Plague in India, 1896, 1897 - Volume 2
Year: 1896
Disease focus: Plague
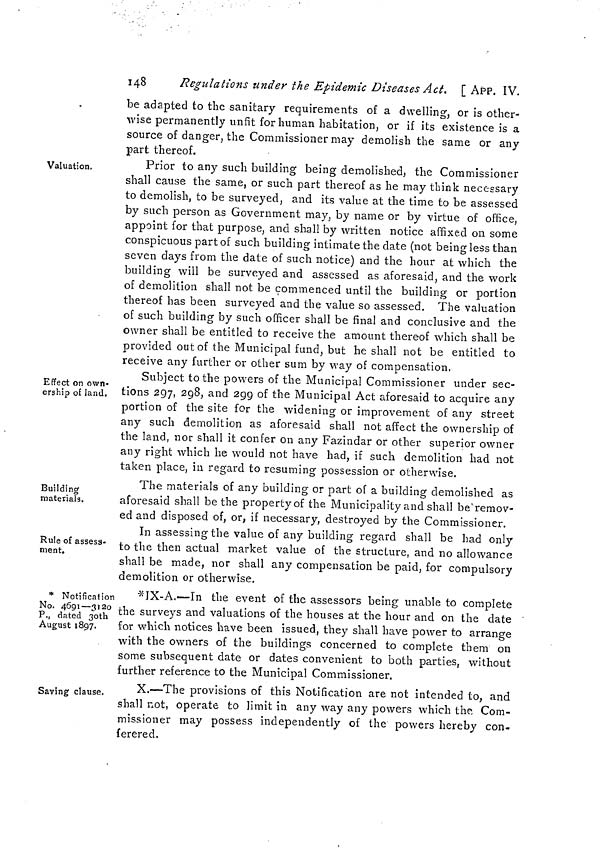
148
Regulations under the Epidemic Diseases Act. [ APP. IV.
be adapted to the sanitary requirements of a dwelling, or is other-
wise permanently unfit for human habitation, or if its existence is a
source of danger, the Commissioner may demolish the same or any
part thereof.
Valuation.
Prior to any such building being demolished, the Commissioner
shall cause the same, or such part thereof as he may think necessary
to demolish, to be surveyed, and its value at the time to be assessed
by such person as Government may, by name or by virtue of office,
appoint for that purpose, and shall by written notice affixed on some
conspicuous part of such building intimate the date (not being less than
seven days from the date of such notice) and the hour at which the
building will be surveyed and assessed as aforesaid, and the work
of demolition shall not be commenced until the building or portion
thereof has been surveyed and the value so assessed. The valuation
oí such building by such officer shall be final and conclusive and the
owner shall be entitled to receive the amount thereof which shall be
provided out of the Municipal fund, but he shall not be entitled to
receive any further or other sum by way of compensation.
Effect on own-
ership of land.
Subject to the powers of the Municipal Commissioner under sec-
tions 297, 298, and 299 of the Municipal Act aforesaid to acquire any
portion of the site for the widening or improvement of any street
any such demolition as aforesaid shall not affect the ownership of
the land, nor shall it confer on any Fazindar or other superior owner
any right which he would not have had, if such demolition had not
taken place, in regard to resuming possession or otherwise.
Building
materials.
The materials of any building or part of a building demolished as
aforesaid shall be the property of the Municipality and shall be ''remov-
ed and disposed of, or, if necessary, destroyed by the Commissioner.
Rule of assess-
ment.
In assessing the value of any building regard shall be had only
to the then actual market value of the structure, and no allowance
shall be made, nor shall any compensation be paid, for compulsory
demolition or otherwise.
* Notification
No. 4691—3120
P., dated 3oth
August 1897.
*IX-A.—In the event of the assessors being unable to complete
the surveys and valuations of the houses at the hour and on the date '
for which notices have been issued, they shall have power to arrange
with the owners of the buildings concerned to complete them on
some subsequent date or dates convenient to both parties, without
further reference to the Municipal Commissioner.
Saving clause.
X.—The provisions of this Notification are not intended to, and
shall not, operate to limit in any way any powers which the, Com-
missioner may possess independently of the powers hereby con-
ferered.